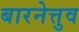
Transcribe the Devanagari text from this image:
बारनेत्तुव